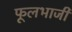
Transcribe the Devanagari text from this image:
फूलभाजी